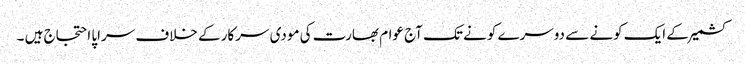
کشمیر کے ایک کونے سے دوسرے کونے تک آج عوام بھارت کی مودی سرکار کے خلاف سراپا احتجاج ہیں ۔